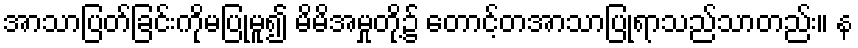
အာသာပြတ်ခြင်းကိုမပြုမူ၍ မိမိအမှုတို့၌ တောင့်တအာသာပြုရာသည်သာတည်း။ န